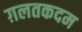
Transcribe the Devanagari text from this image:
ग़लतकदम